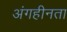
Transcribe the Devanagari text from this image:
अंगहीनता